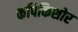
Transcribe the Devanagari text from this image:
कपिकिशोर